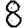
Digit: 8